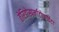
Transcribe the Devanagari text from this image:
तेरिडोस्पर्माटोफाईटा